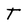
Character: T